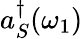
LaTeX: a_{S}^{\dagger}(\omega_{1})